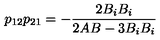
p _ { 1 2 } p _ { 2 1 } = - \frac { 2 B _ { i } B _ { i } } { 2 A B - 3 B _ { i } B _ { i } }